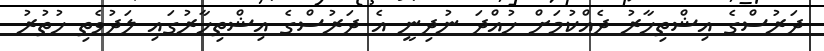
ދަރުސްގެ އިޝްތިހާރު ދެއްކުމަށް ހުއްދަ ނުދިނީ އެ ދަރުސްގެ އިޝްތިހާރުގައި ލަދުވެތި ހުތުރު